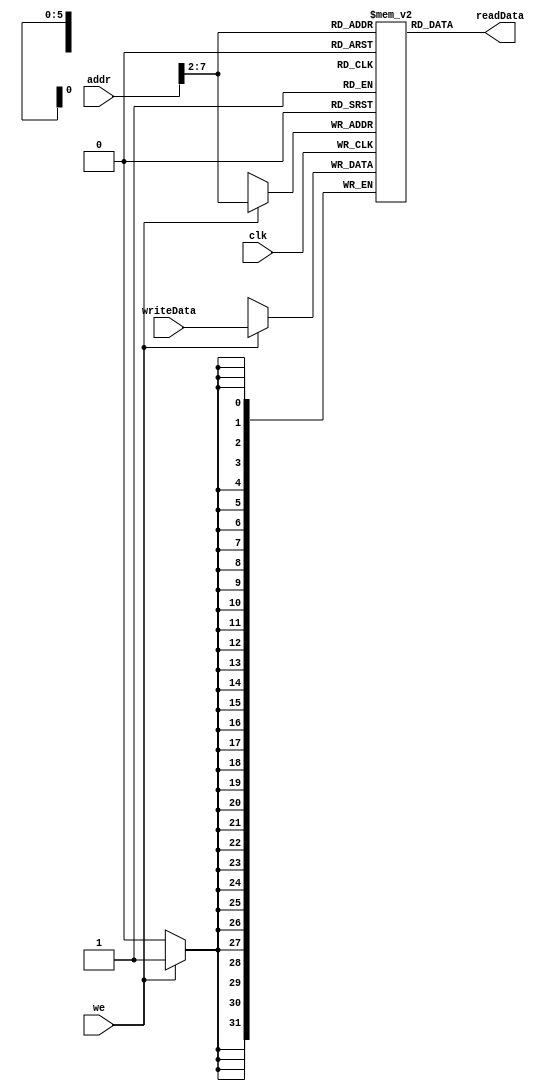
/* Author: Tobias Minn
	MIPS Singlecycle
	Data Memory
	
*/
module dmem(
	input 					clk, we, 
	input 	[31:0]		addr, writeData,
	output 	[31:0]		readData
);
	// allocate memory
	reg [31:0] RAM[63:0];
	
	// assign output always memory content at addr
	assign readData = RAM[addr[31:2]];
	
	always @(posedge clk)
		if(we)
			RAM[addr[31:2]] <= writeData;	
    
endmodule